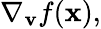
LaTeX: \nabla_{\mathbf{v}}{f}(\mathbf{x}),